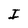
Character: I